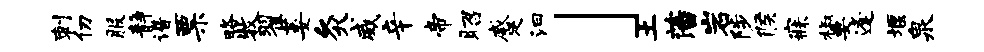
刺仞服静谱票略牧翟萎灸威辛帝昭蹙汩」土藩岩陟候寐椒要逢堰泉